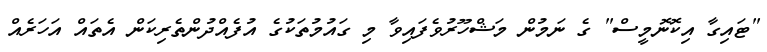
"ޓައިގާ އިކޮނޮމީސް" ގެ ނަމުން މަޝްހޫރުވެފައިވާ މި ގައުމުތަކުގެ އުފެއްދުންތެރިކަން އެތައް އަހަރެއް